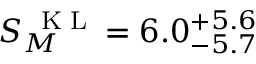
S _ { M } ^ { \mathrm { ~ \tiny ~ K ~ L ~ } } = 6 . 0 _ { - 5 . 7 } ^ { + 5 . 6 }